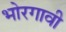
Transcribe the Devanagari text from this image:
भोरगावी